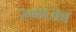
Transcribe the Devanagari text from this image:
२०४६का